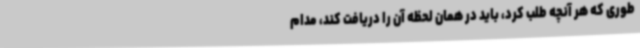
طوری که هر آنچه طلب کرد، باید در همان لحظه آن را دریافت کند، مدام